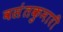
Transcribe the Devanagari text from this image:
वसंतकुमारी